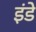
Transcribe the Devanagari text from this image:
इंडे